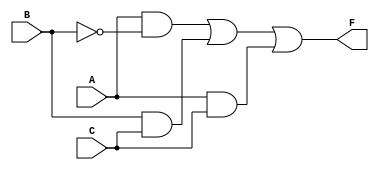
module multi_level_logic (
    input wire A,      // Input variable A
    input wire B,      // Input variable B
    input wire C,      // Input variable C
    output wire F      // Output F
);

// Intermediate wires for multi-level logic
wire not_B;          // NOT gate output for B
wire and1;           // AND gate output for A and not B
wire and2;           // AND gate output for B and C
wire and3;           // AND gate output for A and C
wire or1;            // OR gate output for the combination of AND gates

// NOT gate for input B
assign not_B = ~B;

// First level of AND gates
assign and1 = A & not_B;  // A AND NOT B
assign and2 = B & C;      // B AND C
assign and3 = A & C;      // A AND C

// Second level OR gate to combine the results of AND gates
assign F = and1 | and2 | and3;  // F = (A AND NOT B) OR (B AND C) OR (A AND C)

endmodule